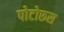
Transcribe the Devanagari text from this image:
पोटोरूस